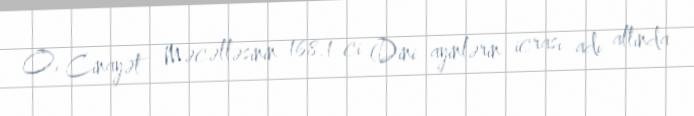
O, Cinayət Məcəlləsinin 168.1-ci (Dini ayinlərin icrası adı altında